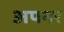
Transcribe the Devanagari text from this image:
अपनर